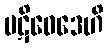
ပဋိဝေဒေဟိ